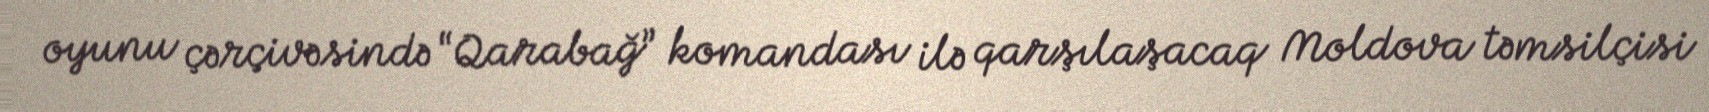
oyunu çərçivəsində “Qarabağ” komandası ilə qarşılaşacaq Moldova təmsilçisi